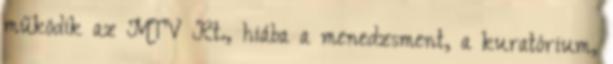
műkö­dik az MTV Rt., hi­ába a menedzsment, a kuratórium,